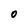
Character: O